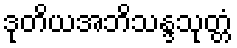
ဒုတိယအဘိသန္ဒသုတ္တံ